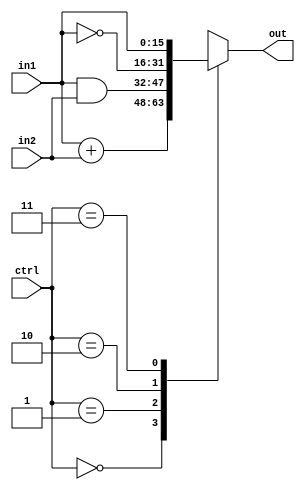
`timescale 1ns / 1ps
//////////////////////////////////////////////////////////////////////////////////
// Company: 
// Engineer: 
// 
// Design Name: 
// Module Name:    alu 
// Project Name: 
// Target Devices: 
// Tool versions: 
// Description: 
//
// Dependencies: 
//
// Revision: 
// Revision 0.01 - File Created
// Additional Comments: 
//
//////////////////////////////////////////////////////////////////////////////////
module alu(
    input [15:0] in1,
    input [15:0] in2,
    input [1:0] ctrl,
    output reg [15:0] out
    );
	always @(in1, in2, ctrl)begin
		case (ctrl)
			2'b00 : out = in1 + in2;
			2'b01 : out = in1 & in2;
			2'b10 : out = ~ in1;
			2'b11 : out = in1;
		endcase
	end

endmodule